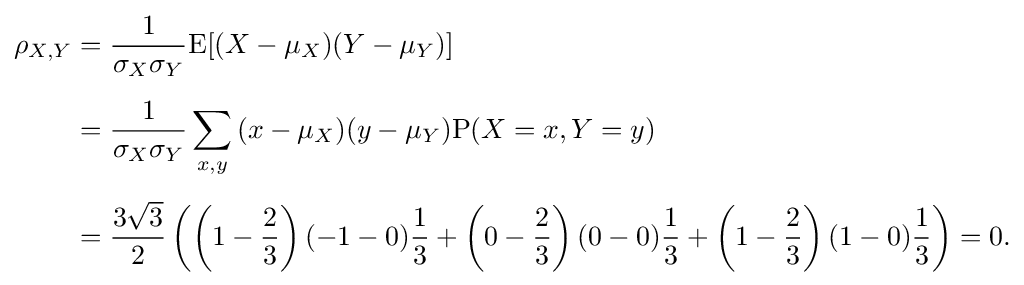
{\begin{aligned}\rho _{X,Y}&={\frac {1}{\sigma _{X}\sigma _{Y}}}\mathrm {E} [(X-\mu _{X})(Y-\mu _{Y})]\\[5pt]&={\frac {1}{\sigma _{X}\sigma _{Y}}}\sum _{x,y}{(x-\mu _{X})(y-\mu _{Y})\mathrm {P} (X=x,Y=y)}\\[5pt]&={\frac {3{\sqrt {3}}}{2}}\left(\left(1-{\frac {2}{3}}\right)(-1-0){\frac {1}{3}}+\left(0-{\frac {2}{3}}\right)(0-0){\frac {1}{3}}+\left(1-{\frac {2}{3}}\right)(1-0){\frac {1}{3}}\right)=0.\end{aligned}}